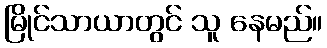
မြိုင်သာယာတွင် သူ နေမည်။